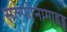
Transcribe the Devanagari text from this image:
सल्फोनामाइड्स